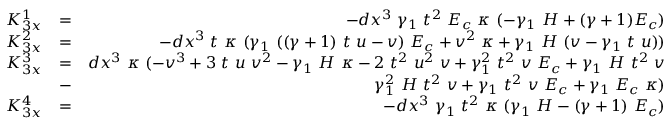
\begin{array} { r l r } { K _ { 3 x } ^ { 1 } } & { = } & { - d x ^ { 3 } ~ \gamma _ { 1 } ~ t ^ { 2 } ~ E _ { c } ~ \kappa ~ ( - \gamma _ { 1 } ~ H + ( \gamma + 1 ) E _ { c } ) } \\ { K _ { 3 x } ^ { 2 } } & { = } & { - d x ^ { 3 } ~ t ~ \kappa ~ ( \gamma _ { 1 } ~ ( ( \gamma + 1 ) ~ t ~ u - v ) ~ E _ { c } + v ^ { 2 } ~ \kappa + \gamma _ { 1 } ~ H ~ ( v - \gamma _ { 1 } ~ t ~ u ) ) } \\ { K _ { 3 x } ^ { 3 } } & { = } & { d x ^ { 3 } ~ \kappa ~ ( - v ^ { 3 } + 3 ~ t ~ u ~ v ^ { 2 } - \gamma _ { 1 } ~ H ~ \kappa - 2 ~ t ^ { 2 } ~ u ^ { 2 } ~ v + \gamma _ { 1 } ^ { 2 } ~ t ^ { 2 } ~ v ~ E _ { c } + \gamma _ { 1 } ~ H ~ t ^ { 2 } ~ v } \\ & { - } & { \gamma _ { 1 } ^ { 2 } ~ H ~ t ^ { 2 } ~ v + \gamma _ { 1 } ~ t ^ { 2 } ~ v ~ E _ { c } + \gamma _ { 1 } ~ E _ { c } ~ \kappa ) } \\ { K _ { 3 x } ^ { 4 } } & { = } & { - d x ^ { 3 } ~ \gamma _ { 1 } ~ t ^ { 2 } ~ \kappa ~ ( \gamma _ { 1 } ~ H - ( \gamma + 1 ) ~ E _ { c } ) } \end{array}